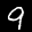
Label: 9